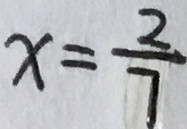
x = \frac { 2 } { 7 }